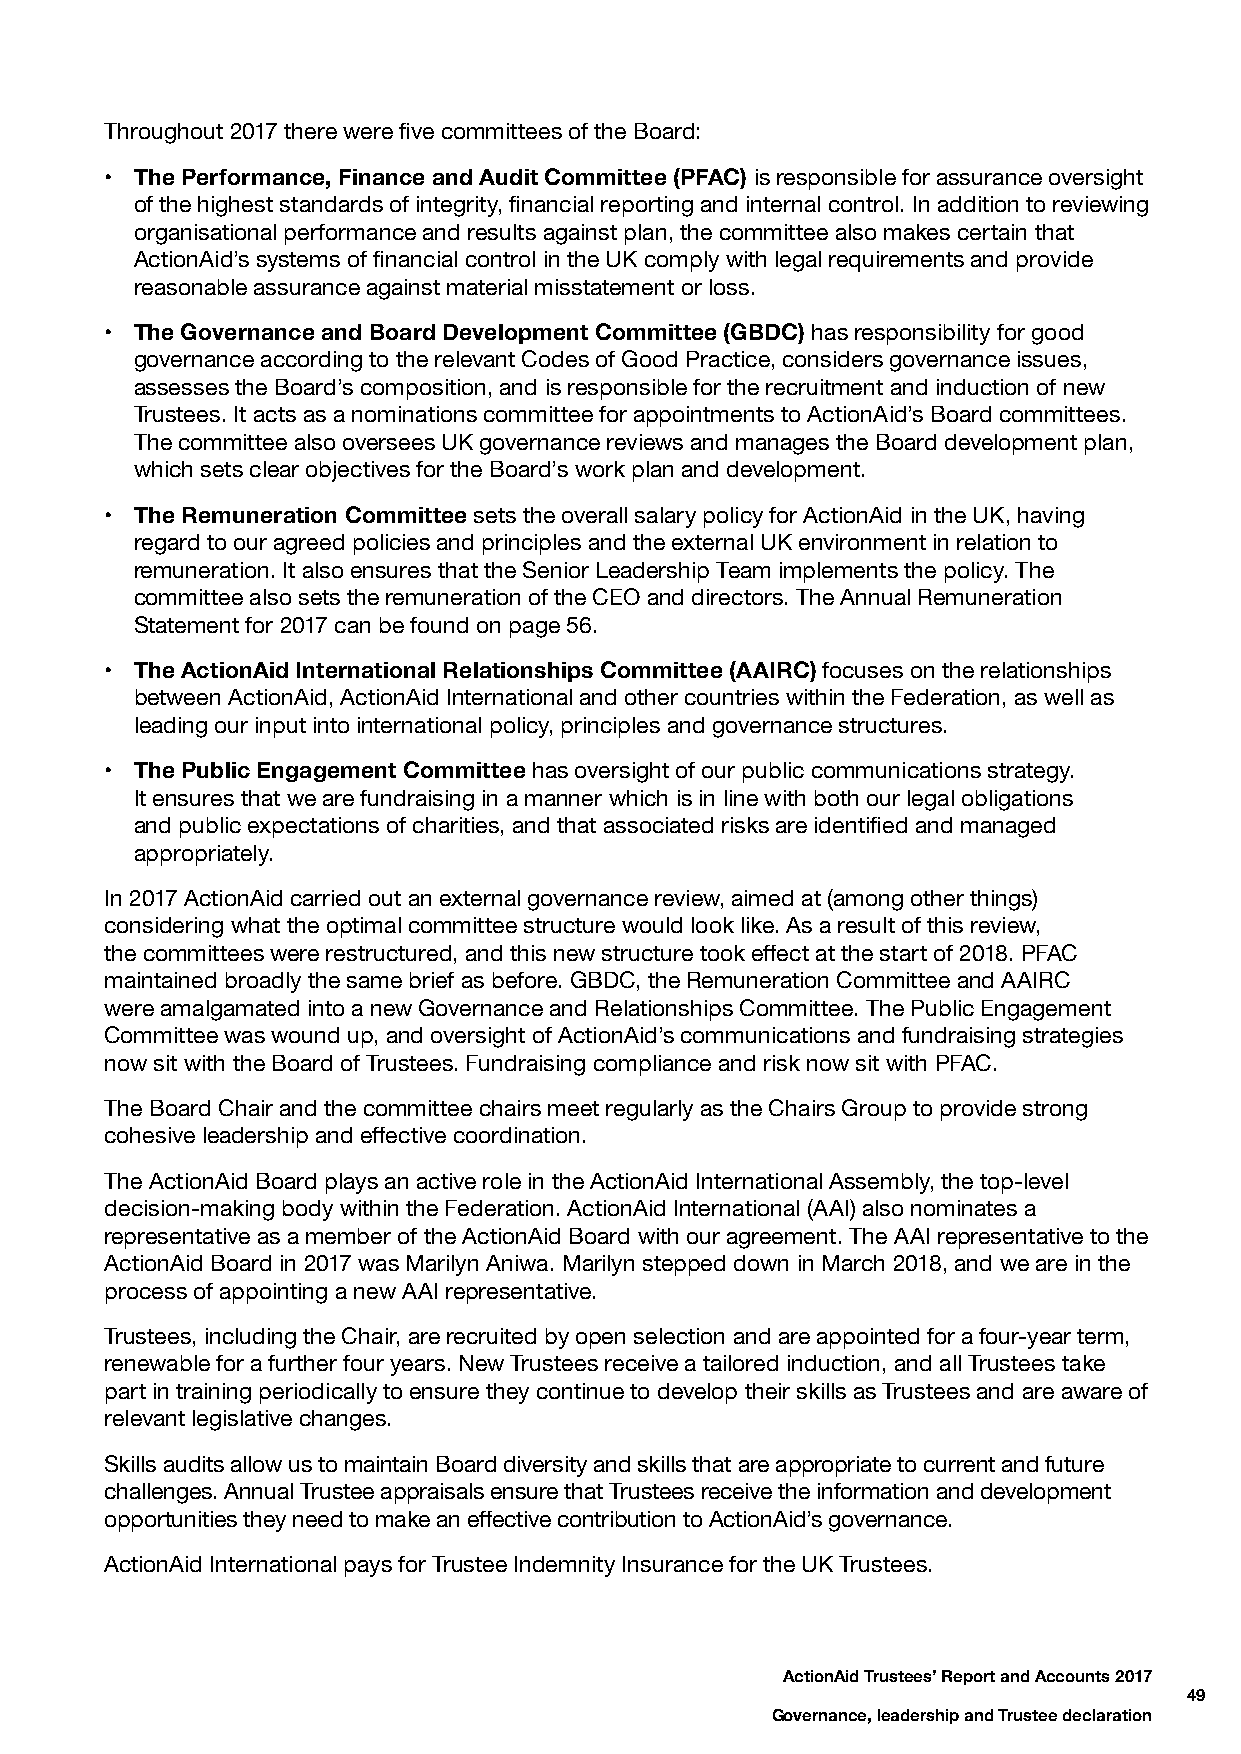
Throughout 2017 there were five committees of the Board:
 • T he Performance, Finance and Audit Committee (PFAC) is responsible for assurance oversight
 of the highest standards of integrity, financial reporting and internal control. In addition to reviewing
 organisational performance and results against plan, the committee also makes certain that
 ActionAid’s systems of financial control in the UK comply with legal requirements and provide
 reasonable assurance against material misstatement or loss.
 • The Governance and Board Development Committee (GBDC) has responsibility for good
 governance according to the relevant Codes of Good Practice, considers governance issues,
 assesses the Board’s composition, and is responsible for the recruitment and induction of new
 Trustees. It acts as a nominations committee for appointments to ActionAid’s Board committees.
 The committee also oversees UK governance reviews and manages the Board development plan,
 which sets clear objectives for the Board’s work plan and development.
 • T he Remuneration Committee sets the overall salary policy for ActionAid in the UK, having
 regard to our agreed policies and principles and the external UK environment in relation to
 remuneration. It also ensures that the Senior Leadership Team implements the policy. The
 committee also sets the remuneration of the CEO and directors. The Annual Remuneration
 Statement for 2017 can be found on page 56.
 • T he ActionAid International Relationships Committee (AAIRC) focuses on the relationships
 between ActionAid, ActionAid International and other countries within the Federation, as well as
 leading our input into international policy, principles and governance structures.
 • T he Public Engagement Committee has oversight of our public communications strategy.
 It ensures that we are fundraising in a manner which is in line with both our legal obligations
 and public expectations of charities, and that associated risks are identified and managed
 appropriately.
 In 2017 ActionAid carried out an external governance review, aimed at (among other things)
 considering what the optimal committee structure would look like. As a result of this review,
 the committees were restructured, and this new structure took effect at the start of 2018. PFAC
 maintained broadly the same brief as before. GBDC, the Remuneration Committee and AAIRC
 were amalgamated into a new Governance and Relationships Committee. The Public Engagement
 Committee was wound up, and oversight of ActionAid’s communications and fundraising strategies
 now sit with the Board of Trustees. Fundraising compliance and risk now sit with PFAC.
 The Board Chair and the committee chairs meet regularly as the Chairs Group to provide strong
 cohesive leadership and effective coordination.
 The ActionAid Board plays an active role in the ActionAid International Assembly, the top-level
 decision-making body within the Federation. ActionAid International (AAI) also nominates a
 representative as a member of the ActionAid Board with our agreement. The AAI representative to the
 ActionAid Board in 2017 was Marilyn Aniwa. Marilyn stepped down in March 2018, and we are in the
 process of appointing a new AAI representative.
 Trustees, including the Chair, are recruited by open selection and are appointed for a four-year term,
 renewable for a further four years. New Trustees receive a tailored induction, and all Trustees take
 part in training periodically to ensure they continue to develop their skills as Trustees and are aware of
 relevant legislative changes.
 Skills audits allow us to maintain Board diversity and skills that are appropriate to current and future
 challenges. Annual Trustee appraisals ensure that Trustees receive the information and development
 opportunities they need to make an effective contribution to ActionAid’s governance.
 ActionAid International pays for Trustee Indemnity Insurance for the UK Trustees.
 ActionAid Trustees’ Report and Accounts 2017
 49
 Governance, leadership and Trustee declaration